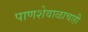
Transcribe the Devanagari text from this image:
पाणशेवाळाचाही